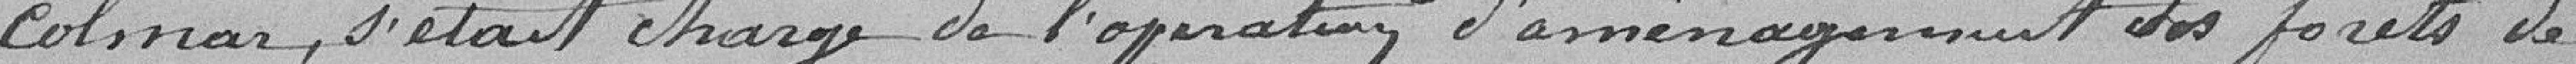
Colmar, s'était chargé de l'opération d'aménagement des forêts de